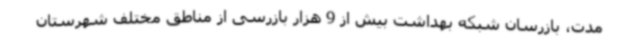
مدت، بازرسان شبکه بهداشت بیش از 9 هزار بازرسی از مناطق مختلف شهرستان